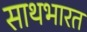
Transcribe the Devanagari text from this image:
साथभारत